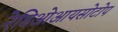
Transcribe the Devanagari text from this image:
रेडिओआयसोटोप